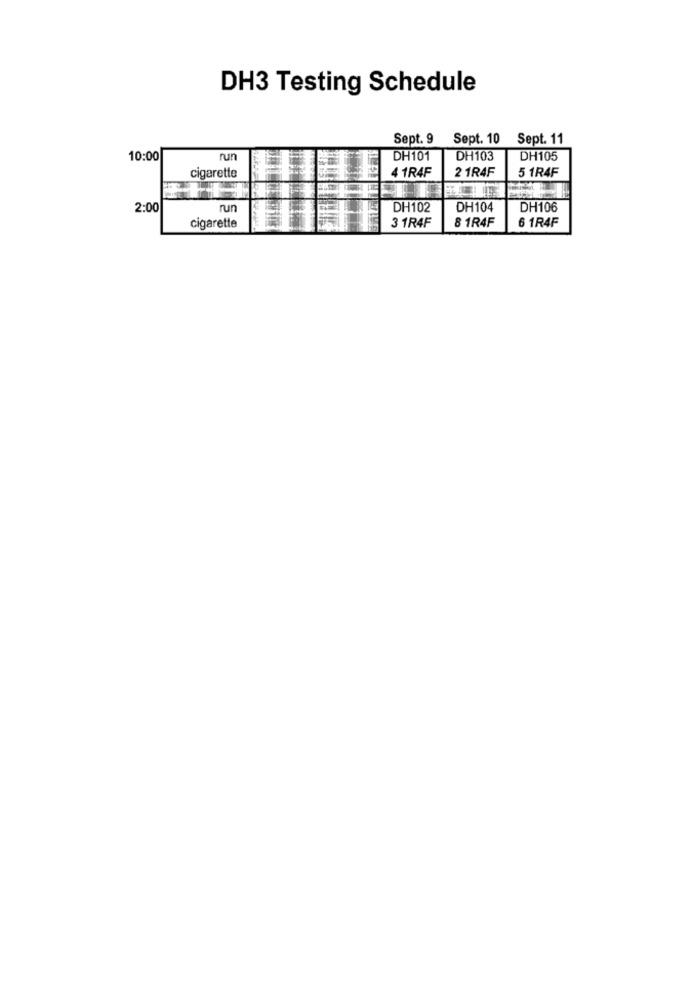
DH3 Testing Schedule
Sept. 9 Sept. 10 Sept. 11
10:00
run
DH101
DH103
DH105
4 1R4F
2 1R4F
5 1R4F
cigarette
2:00
run
DH102
DH104
DH106
3 1R4F
8 1R4F
6 1R4F
cigarette